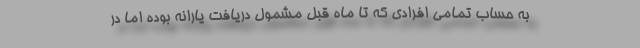
به حساب تمامی افرادی که تا ماه قبل مشمول دریافت یارانه بوده اما در